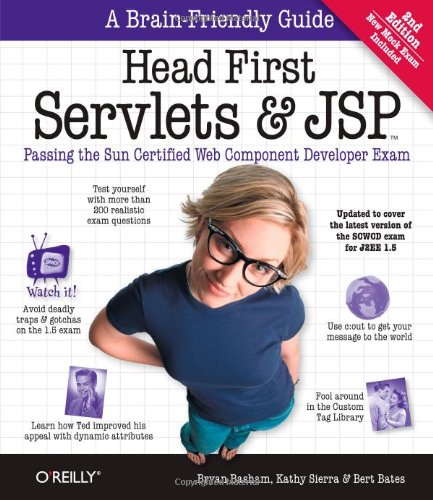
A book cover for Head First Servlets and JSP: Passing the Sun Certified Web Component Developer Exam; Bryan Basham; Computers & Technology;